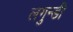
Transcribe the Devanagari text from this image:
लगुन्डी